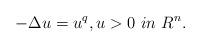
LaTeX: \begin{align*} -\Delta u=u^{q}, u>0 ~in~ R^n.\end{align*}